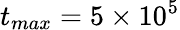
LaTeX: t_{max}=5\times 10^{5}